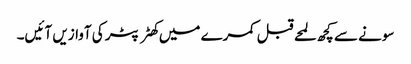
سونے سے کچھ لمحے قبل کمرے میں کھٹر پٹر کی آوازیں آئیں۔